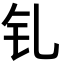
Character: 钆